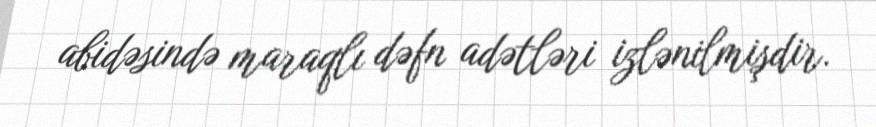
abidəsində maraqlı dəfn adətləri izlənilmişdir.